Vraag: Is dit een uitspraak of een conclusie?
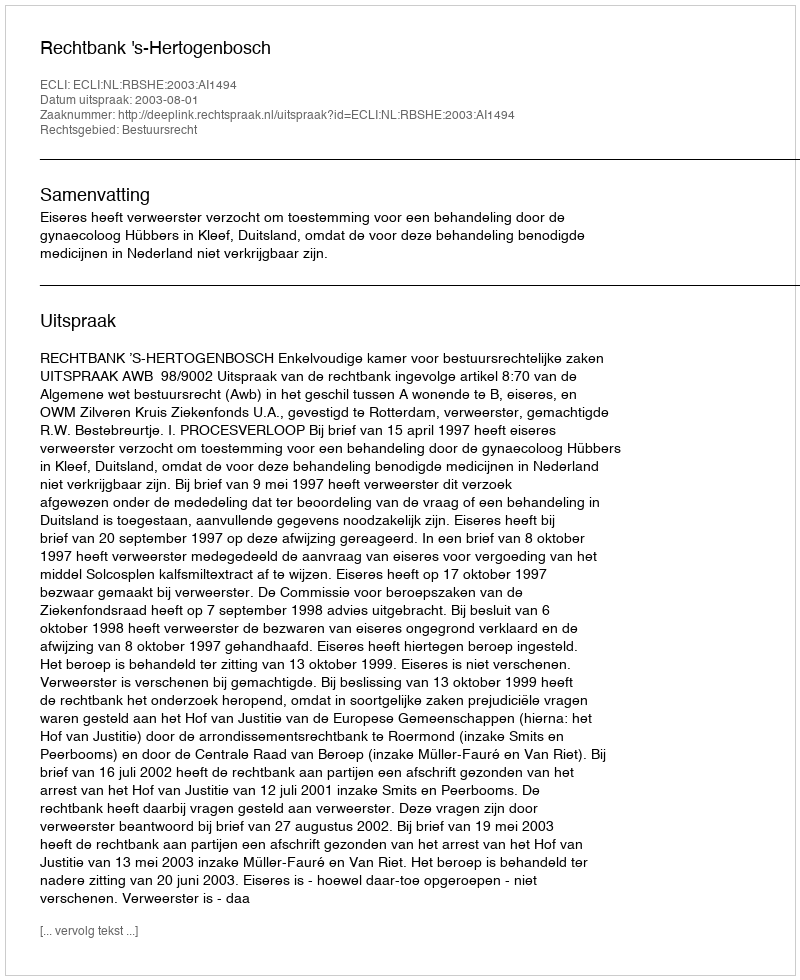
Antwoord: Uitspraak